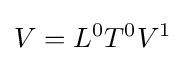
V=L^{0}T^{0}V^{1}